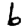
Digit: 6